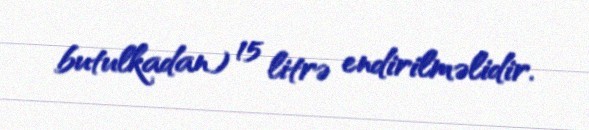
butulkadan) 15 litrə endirilməlidir.